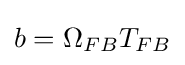
b=\Omega _{FB}T_{FB}